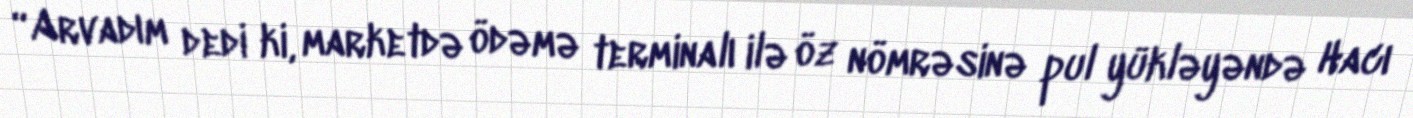
“Arvadım dedi ki, marketdə ödəmə terminalı ilə öz nömrəsinə pul yükləyəndə Hacı